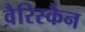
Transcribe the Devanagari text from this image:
वैरिस्कैन